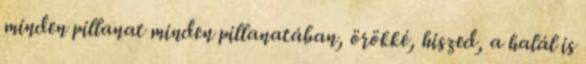
minden pillanat minden pillanatában, örökké, hiszed, a halál is